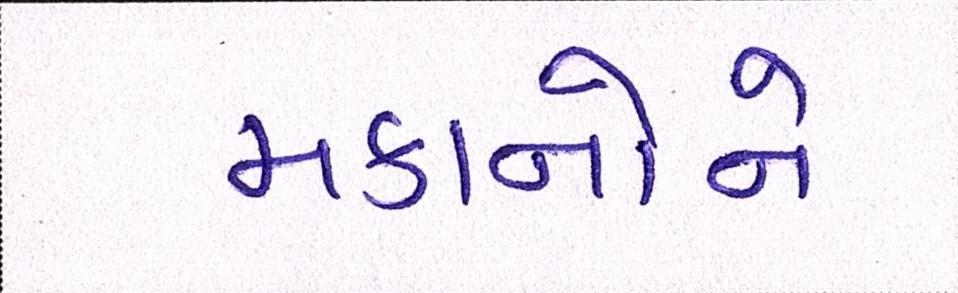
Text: મકાનોને